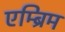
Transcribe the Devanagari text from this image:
एम्ब्रिम